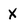
Character: X